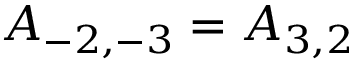
A _ { - 2 , - 3 } = A _ { 3 , 2 }